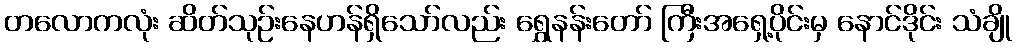
တလောကလုံး ဆိတ်သုဉ်းနေဟန်ရှိသော်လည်း ရွှေနန်းတော် ကြီးအရှေ့ပိုင်းမှ နောင်ဒိုင်း သံချို